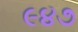
૯૪૭